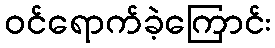
ဝင်ရောက်ခဲ့ကြောင်း